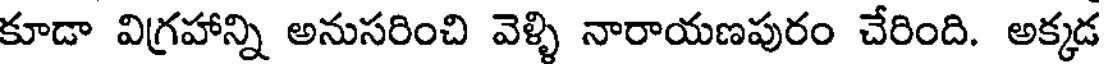
కూడా విగ్రహాన్ని అనుసరించి వెళ్ళి నారాయణపురం చేరింది. అక్కడ